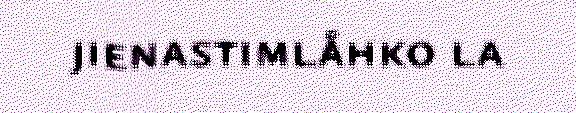
jienastimlåhko la